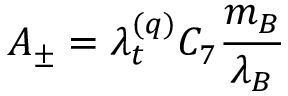
A _ { \pm } = \lambda _ { t } ^ { ( q ) } C _ { 7 } \frac { m _ { B } } { \lambda _ { B } }